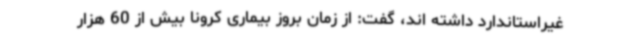
غیراستاندارد داشته اند، گفت: از زمان بروز بیماری کرونا بیش از 60 هزار